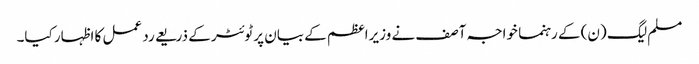
مسلم لیگ (ن) کے رہنما خواجہ آصف نے وزیراعظم کے بیان پر ٹوئٹر کے ذریعے رد عمل کا اظہار کیا۔